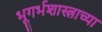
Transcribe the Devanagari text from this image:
भूगर्भशास्त्राच्या